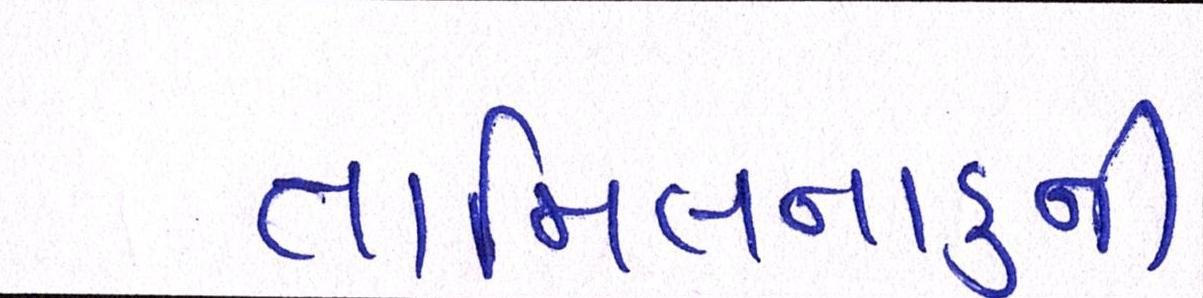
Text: તામિલનાડુની